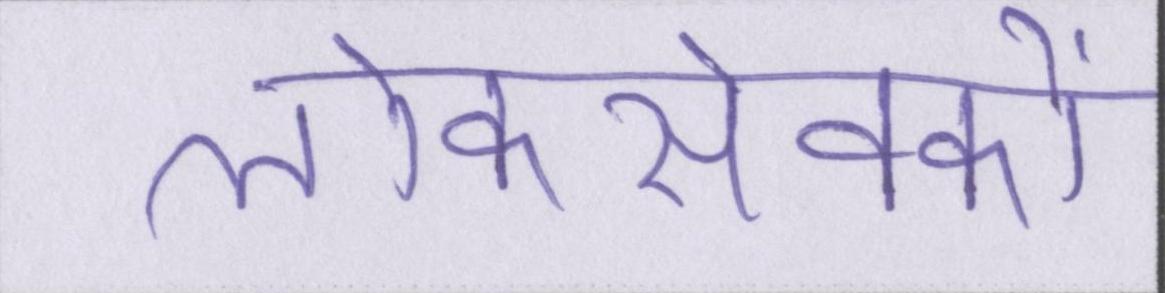
लोकसेवकों